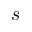
\boldsymbol { s }